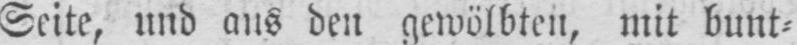
Seite, und aus den gewölbten, mit bunt⸗